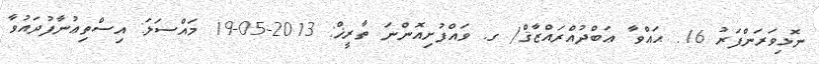
ނޮޅިވަރަންފަރު 16. ޙައްވާ ޢަބްދުއްރައްޒާޤް/ ގ. ވައްފުށިއޮންނަ ތާރީޚް: 2013-05-19 މައްސަލަ: އިސްތިޢުނާފުދައުވާ